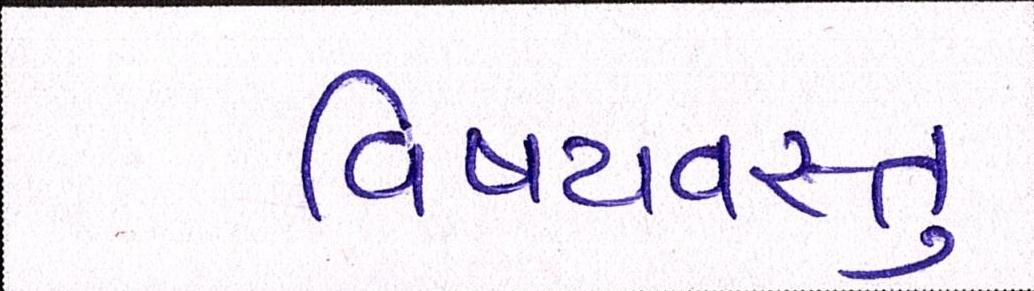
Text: વિષયવસ્તુ